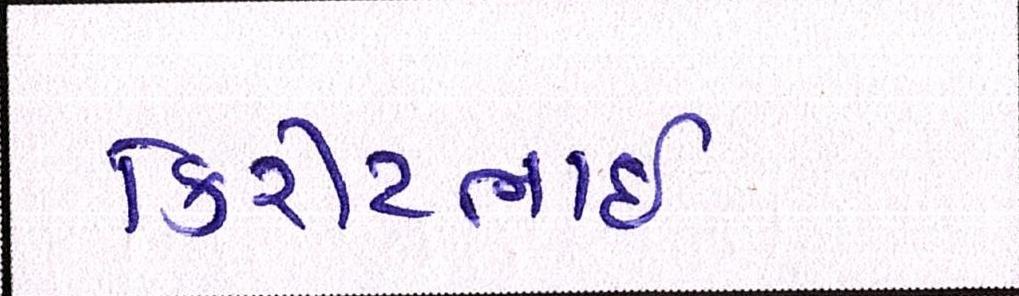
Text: કિરીટભાઈ